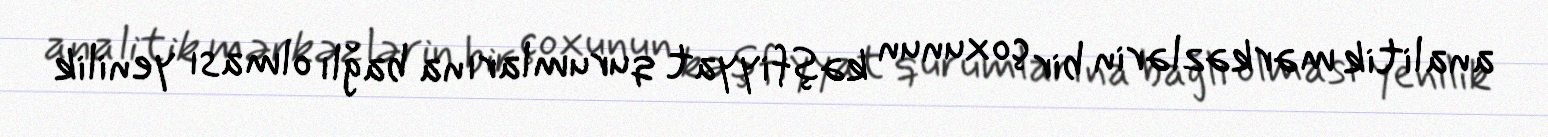
analitik mərkəzlərin bir çoxunun kəşfiyyat qurumlarına bağlı olması yenilik